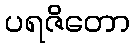
ပရဇိတော